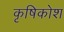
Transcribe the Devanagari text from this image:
कृषिकोश